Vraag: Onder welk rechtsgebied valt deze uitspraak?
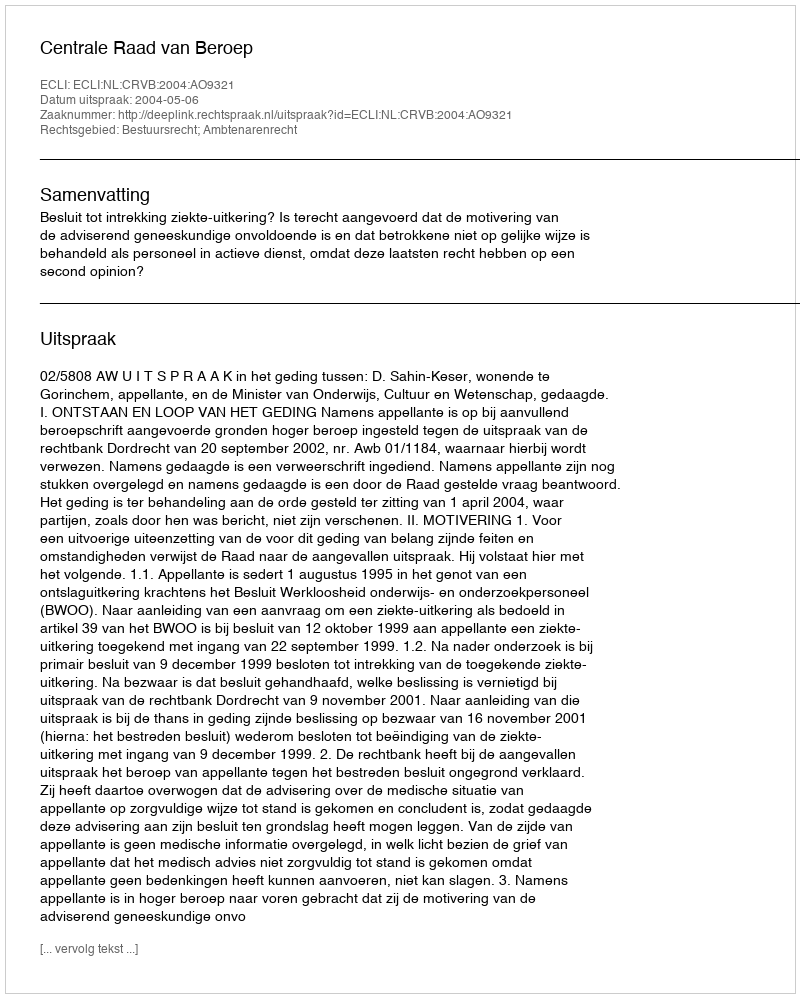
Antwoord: Bestuursrecht; Ambtenarenrecht